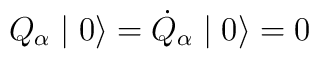
Q_{\alpha} \mid 0 \rangle = \dot{Q}_{\alpha} \mid 0 \rangle = 0